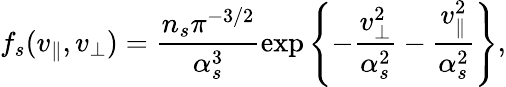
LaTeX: f_{s}(v_{\parallel},v_{\perp})=\frac{n_{s}\pi^{-3/2}}{\alpha_{s}^{3}}\exp\Bigg\{ {-\frac{v_{\perp}^{2}}{\alpha_{s}^{2}}-\frac{v_{\parallel}^{2}}{\alpha_{s}^{2}}}\Bigg\} ,